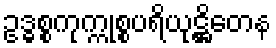
ဥဒ္ဓစ္စကုက္ကုစ္စပရိယုဋ္ဌိတေန